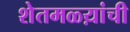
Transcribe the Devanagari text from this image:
शेतमळ्य़ांची